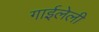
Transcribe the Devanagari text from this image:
गाईलेली